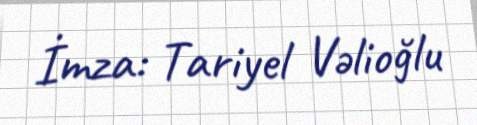
İmza: Tariyel Vəlioğlu